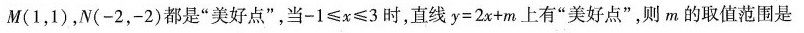
M(1，1)，N(-2，-2)都是”美好点”，当$$- 1 ≤ x ≤ 3$$时，直线$$y = 2 x + m$$上有”美好点”，则m的取值范围是